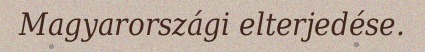
Magyarországi elterjedése.